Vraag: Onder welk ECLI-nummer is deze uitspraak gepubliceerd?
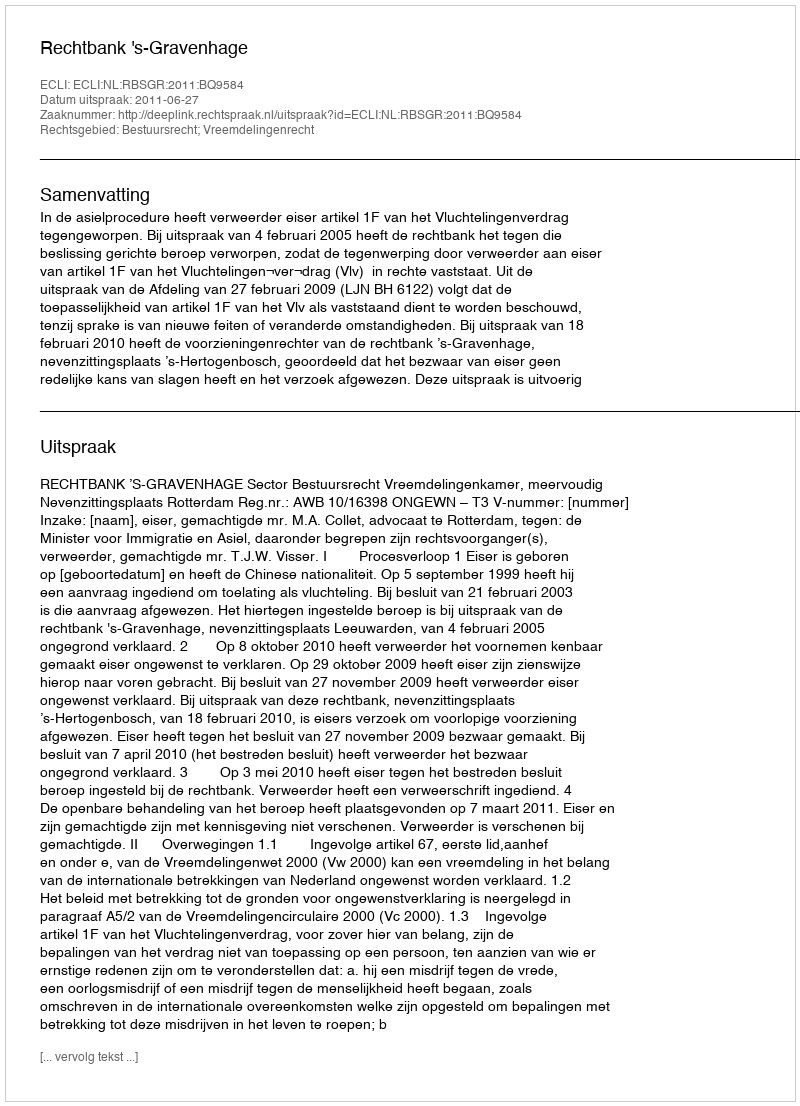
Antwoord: ECLI:NL:RBSGR:2011:BQ9584